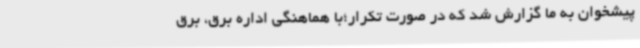
پیشخوان به ما گزارش شد که در صورت تکرار؛با هماهنگی اداره برق، برق